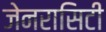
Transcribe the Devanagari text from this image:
जेनरासिटी